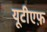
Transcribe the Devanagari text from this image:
यूटीएफ़